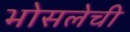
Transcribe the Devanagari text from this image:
भोसलेची